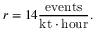
r = 1 4 \mathrm { { \frac { e v e n t s } { k t \cdot h o u r } } } .